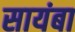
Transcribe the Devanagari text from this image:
सायंबा